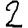
Digit: 2